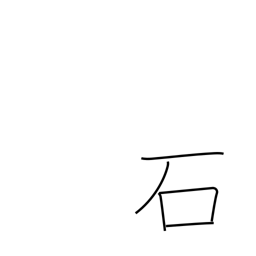
Meaning: stone